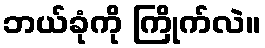
ဘယ်ခုံကို ကြိုက်လဲ။